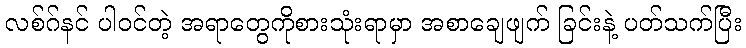
လစ်ဂ်နင် ပါဝင်တဲ့ အရာတွေကိုစားသုံးရာမှာ အစာချေဖျက် ခြင်းနဲ့ ပတ်သက်ပြီး